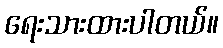
ရေးသားထားပါတယ်။